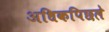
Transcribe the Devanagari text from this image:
अधिकपिछले